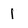
Character: 1